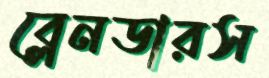
ব্লেনডারস